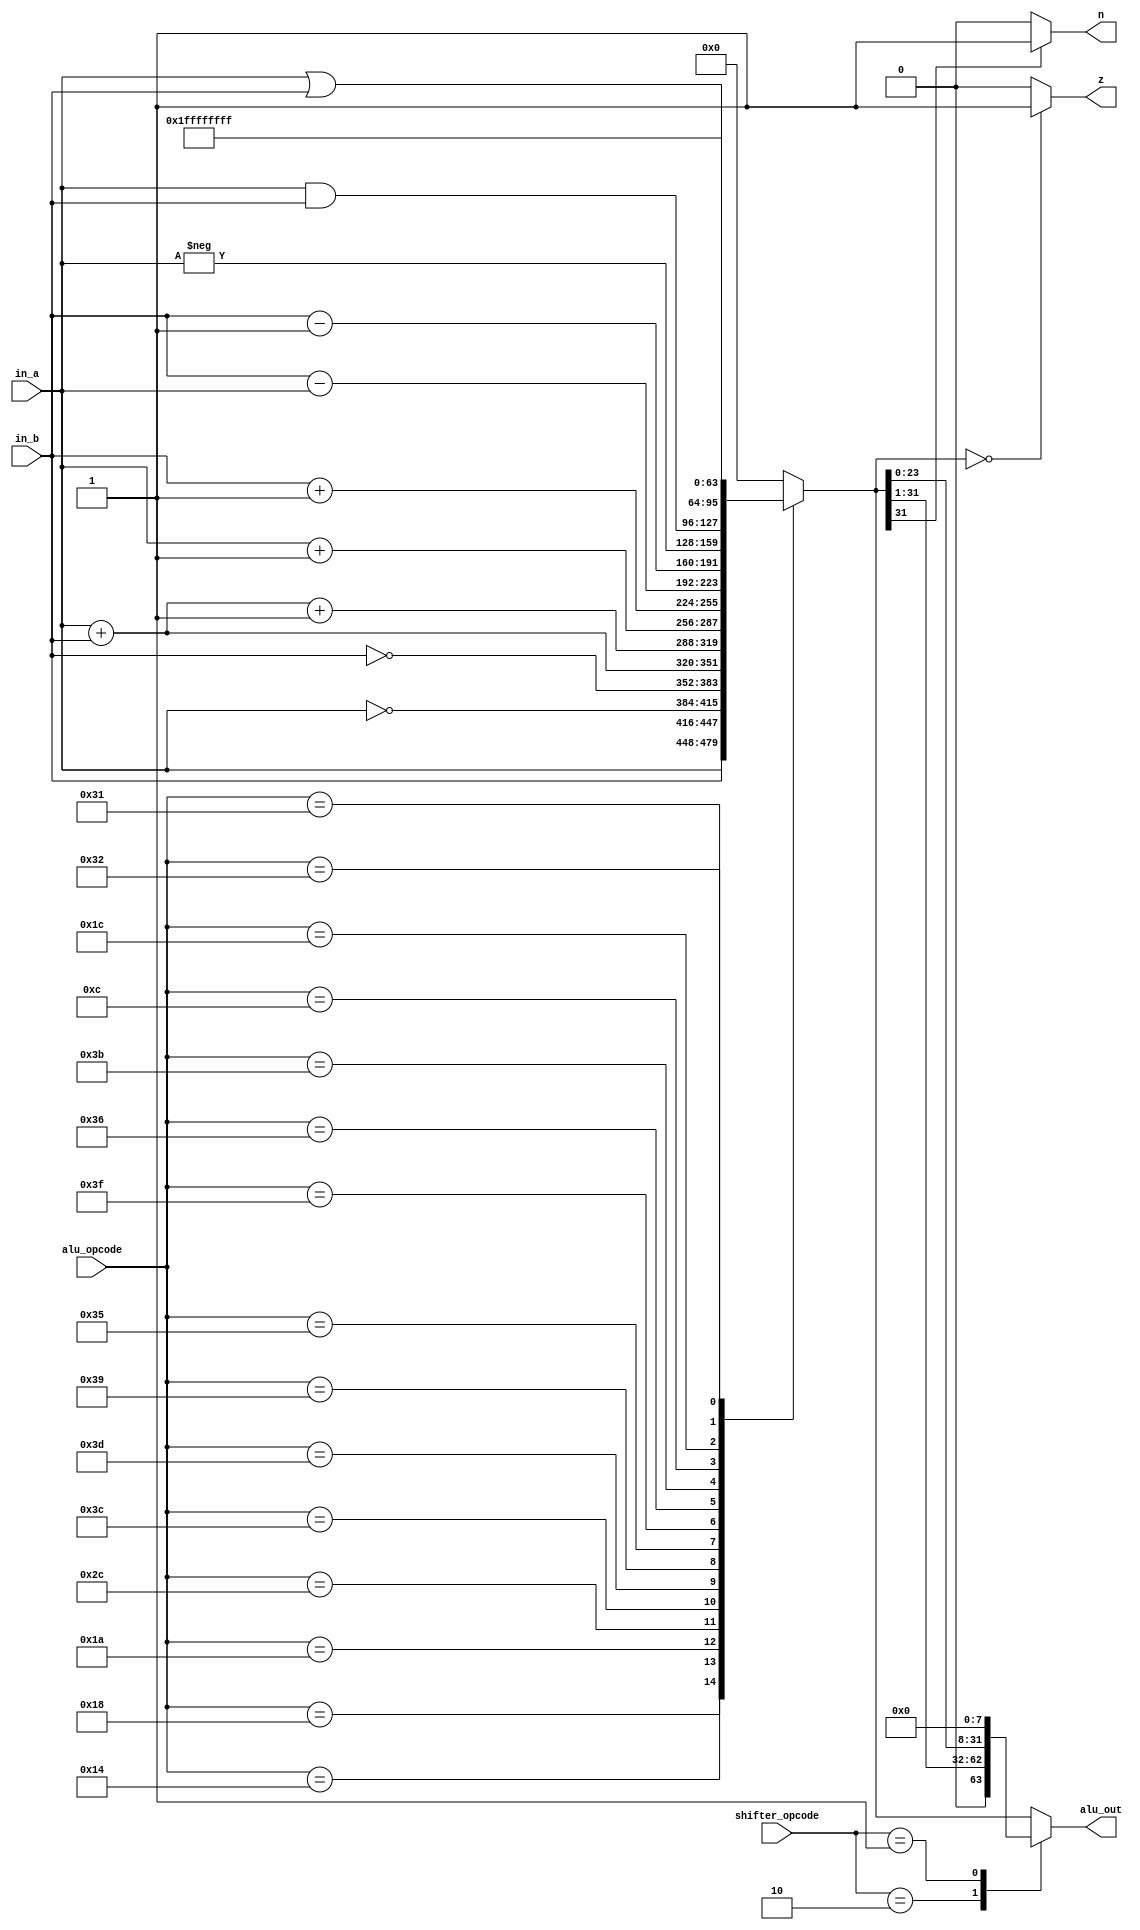
module ALU (alu_opcode, shifter_opcode, in_a, in_b, alu_out, n, z);
//inputs
input [5:0] alu_opcode;
input [1:0] shifter_opcode;
input [31:0] in_a, in_b;
//output
output reg [31:0] alu_out;
output reg [0:0] n, z;
//temp variable after alu
reg [31:0] temp_out;

always @(*)
  begin
  //alu operation
  case(alu_opcode)
  6'b011000 : begin
              temp_out = in_a;
              end
  6'b010100 : begin
              temp_out = in_b;
              end
  6'b011010 : begin
              temp_out = ~in_a;
              end
  6'b101100 : begin
              temp_out = ~in_b;
              end
  6'b111100 : begin
              temp_out = in_a + in_b;
              end
  6'b111101 : begin
              temp_out = in_a + in_b + 1;
              end
  6'b111001 : begin
              temp_out = in_a + 1;
              end
  6'b110101 : begin
              temp_out = in_b + 1;
              end
  6'b111111 : begin
              temp_out = in_b - in_a;
              end
  6'b110110 : begin
              temp_out = in_b - 1;
              end
  6'b111011 : begin
              temp_out = -in_a;
              end
  6'b001100 : begin
              temp_out = in_a & in_b;
              end
  6'b011100 : begin
              temp_out = in_a | in_b;
              end
  6'b010000 : begin
              temp_out = 0;
              end
  6'b110001 : begin
              temp_out = 1;
              end
  6'b110010 : begin
              temp_out = -1;
              end
  default : begin
            temp_out = 0;
            end
  endcase

  //$display("temp_out :%d", temp_out);

  //determining n and z
  if(temp_out == 32'b0) z = 1'b1;
  else z = 1'b0;

  if(temp_out[31] == 1'b1) n = 1'b1;
  else n = 1'b0;


  //alu to shifter
  case(shifter_opcode)
  2'b10 : begin
          alu_out = temp_out >> 1;
          end
  2'b01 : begin
          alu_out = temp_out << 8;
          end
  default : begin
            alu_out = temp_out;
            end
  endcase


  end

endmodule